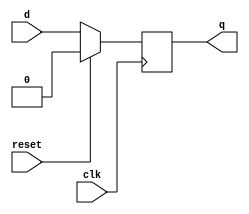
module d_flip_flop (
    input wire d,
    input wire clk,
    input wire reset,
    output reg q
);

always @(posedge clk) begin
    if (reset) begin
        q <= 1'b0; // Initialize output Q to 0 when reset is active
    end else begin
        q <= d; // Update output Q with input D on rising edge of clock when reset is not active
    end
end

endmodule